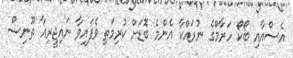
އެސްއާއި ބޯކޯ ހަރާމްގެ ނުރައްކާ އެންމެ ބޮޑަށް ކުރިމަތި ވެފައިވާ ނައިޖީރިއާ ތޫނިސް